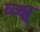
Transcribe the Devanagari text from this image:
ब्ब्ब्ब्ब्